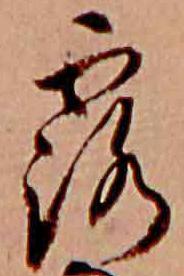
露